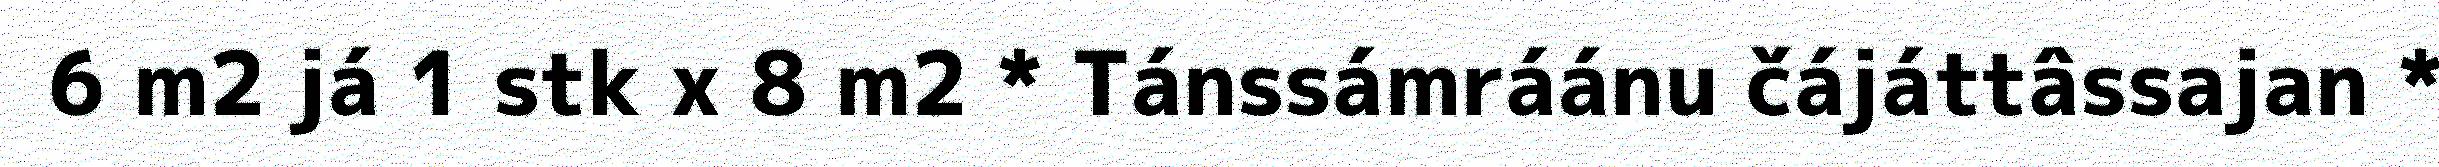
6 m2 já 1 stk x 8 m2 * Tánssámráánu čájáttâssajan *